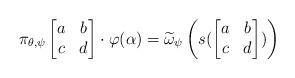
LaTeX: \begin{align*} \pi_{\theta,\psi}\begin{bmatrix}a&b\\c&d\end{bmatrix}\cdot \varphi(\alpha) = \widetilde{\omega}_{\psi}\left(s(\begin{bmatrix}a&b\\c&d\end{bmatrix})\right)\end{align*}